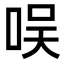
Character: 𠱐